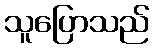
သူပြောသည်